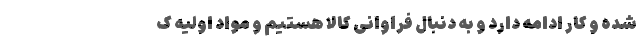
شده و کار ادامه دارد و به دنبال فراوانی کالا هستیم و مواد اولیه ک